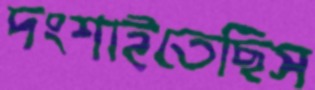
দংশাইতেছিস